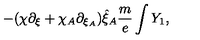
- ( \chi \partial _ { \xi } + \chi _ { A } \partial _ { \xi _ { A } } ) \hat { \xi } _ { A } \frac { m } { e } \int Y _ { 1 } ,